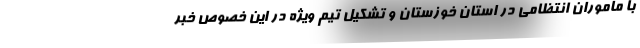
با ماموران انتظامی در استان خوزستان و تشکیل تیم ویژه در این خصوص خبر